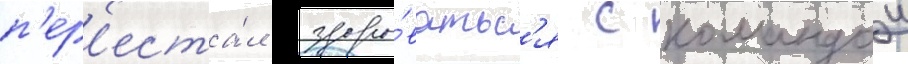
п'ер'еста́л здоро́ватьс'я с командои